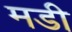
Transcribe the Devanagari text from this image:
मडी